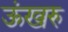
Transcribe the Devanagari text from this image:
ऊंखरु